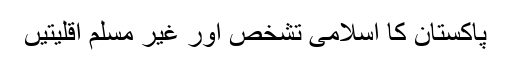
پاکستان کا اسلامی تشخص اور غیر مسلم اقلیتیں